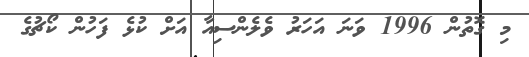
މި ގޮތުން 1996 ވަނަ އަހަރު ވެލެންސިއާ އަށް ކުޅެ ފަހުން ކޯޗުގެ